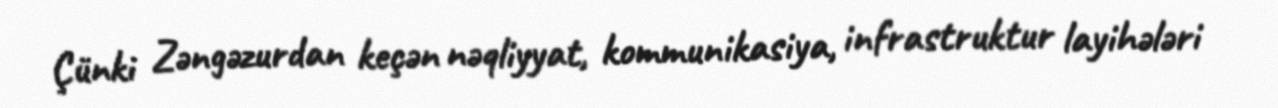
Çünki Zəngəzurdan keçən nəqliyyat, kommunikasiya, infrastruktur layihələri